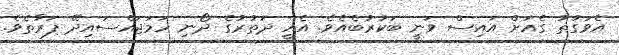
އެވަގުތު ގެއަށް އައިސް ވަނީ ބަކުރުބެއެވެ. އެއީ ދަތުރުގެ ދޯނި ހަމަޖައްސައިދޭ ފަރާތެވެ.